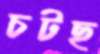
চটছ